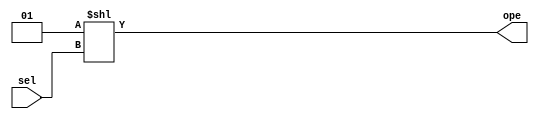
module dec_cuenta(input wire [3:0] sel,output wire [15:0] ope);
assign ope= 1<< sel;
endmodule